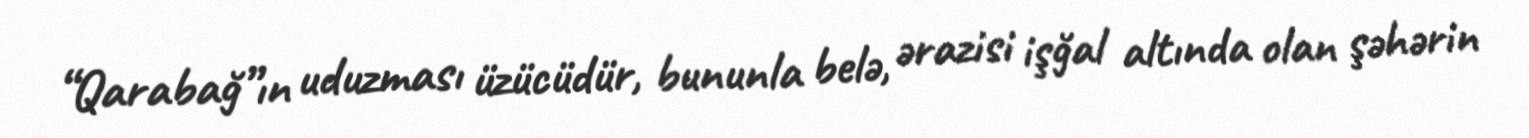
“Qarabağ”ın uduzması üzücüdür, bununla belə, ərazisi işğal altında olan şəhərin